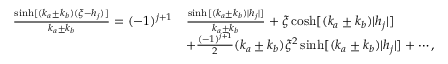
\begin{array} { r l } { \frac { \sinh [ ( k _ { a } \pm k _ { b } ) ( \xi - h _ { j } ) ] } { k _ { a } \pm k _ { b } } = ( - 1 ) ^ { j + 1 } } & { \frac { \sinh [ ( k _ { a } \pm k _ { b } ) | h _ { j } | ] } { k _ { a } \pm k _ { b } } + \xi \cosh [ ( k _ { a } \pm k _ { b } ) | h _ { j } | ] } \\ & { + \frac { ( - 1 ) ^ { j + 1 } } { 2 } ( k _ { a } \pm k _ { b } ) \xi ^ { 2 } \sinh [ ( k _ { a } \pm k _ { b } ) | h _ { j } | ] + \cdots , } \end{array}